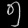
Digit: ၅